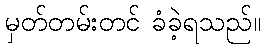
မှတ်တမ်းတင် ခံခဲ့ရသည်။